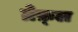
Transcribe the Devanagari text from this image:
ग्रेफ़्ल